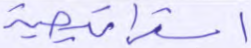
استراتجية